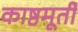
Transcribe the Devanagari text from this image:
काष्ठमूर्ती